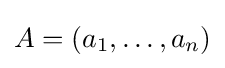
A=\left(a_{1},\ldots ,a_{n}\right)